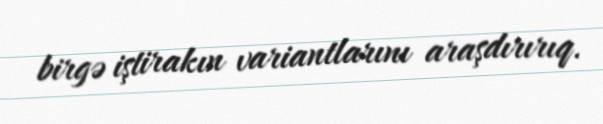
birgə iştirakın variantlarını araşdırırıq.